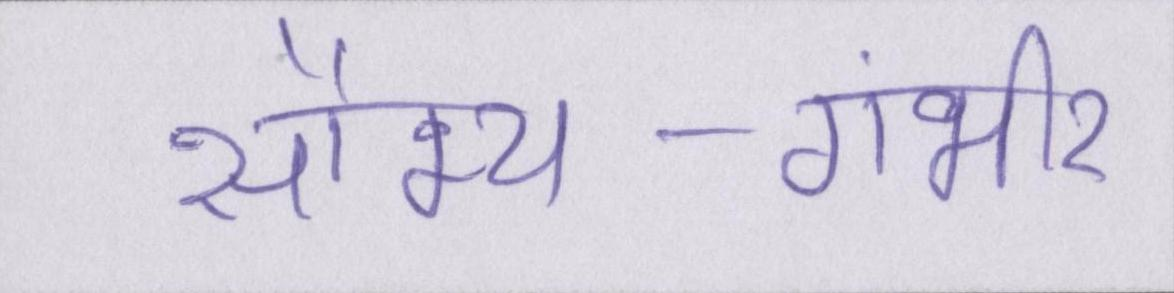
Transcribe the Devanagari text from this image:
सौम्य-गंभीर